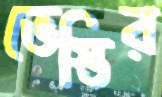
ভেস্তির